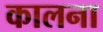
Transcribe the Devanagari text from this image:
कालना